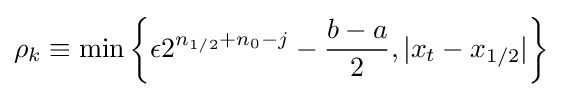
\rho _{k}\equiv \min \left\{\epsilon 2^{n_{1/2}+n_{0}-j}-{\frac {b-a}{2}},|x_{t}-x_{1/2}|\right\}